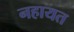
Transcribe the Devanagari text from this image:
नहायत